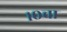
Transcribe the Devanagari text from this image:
१०चा